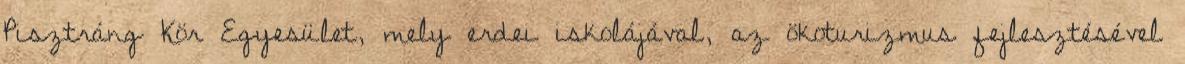
Pisztráng Kör Egyesület, mely erdei iskolájával, az ökoturizmus fejlesztésével